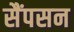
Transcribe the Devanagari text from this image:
सैंपसन